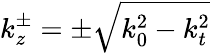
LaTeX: k_{z}^{\pm}=\pm\sqrt{k_{0}^{2}-k_{t}^{2}}